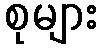
စုများ